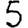
Digit: 5